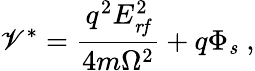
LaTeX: \mathscr{V}^{*}=\frac{{q^{2}E_{\mathit{{rf}}}^{2}}}{{4m\Omega^{2}}}+q\Phi_{\mathit{{s}}}\; ,